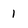
Character: 1